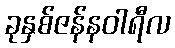
ခုနှစ်ဇန်နဝါရီလ